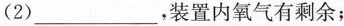
（2）___，装置内氧气有剩余；